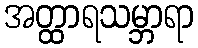
အတ္ထာရသမ္ဘာရာ